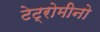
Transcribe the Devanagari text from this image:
टेट्रोमीनो